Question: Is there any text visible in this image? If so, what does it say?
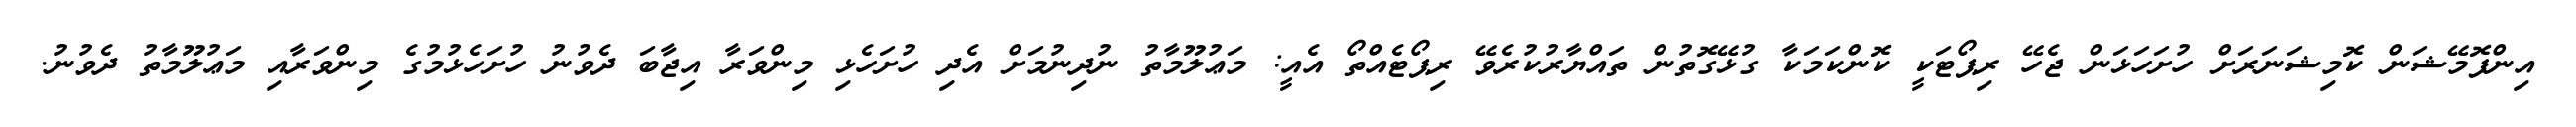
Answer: އިންފޮމޭޝަން ކޮމިޝަނަރަށް ހުށަހަޅަން ޖެހޭ ރިޕޯޓަކީ ކޮންކަމަކާ ގުޅޭގޮތުން ތައްޔާރުކުރެވޭ ރިޕޯޓެއްތޯ އެއީ: މަޢުލޫމާތު ނުދިނުމަށް އެދި ހުށަހެޅި މިންވަރާ އިޖާބަ ދެވުނު ހުށަހެޅުމުގެ މިންވަރާއި މަޢުލޫމާތު ދެވުނު.